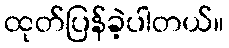
ထုတ်ပြန်ခဲ့ပါတယ်။